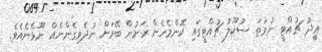
ޢީދު ޗުއްޓީ ނުވަތަ ސުކޫލު ޗުއްޓީގައި ކޮންމެހެން ރަށުން ބޭރަށް ނުދެވިގެންނެއް ނޫޅޭނެއެވެ.